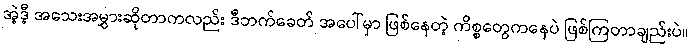
အဲ့ဒီ့ အသေးအမွှားဆိုတာကလည်း ဒီဘက်ခေတ် အပေါ်မှာ ဖြစ်နေတဲ့ ကိစ္စတွေကနေပဲ ဖြစ်ကြတာချည်းပဲ။